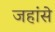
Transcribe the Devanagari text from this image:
जहांसे